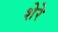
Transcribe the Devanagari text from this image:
शेरेे